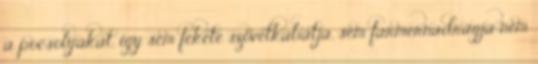
a pocsolyákat, így sem fekete szövetkabátja, sem farmernadrágja nem